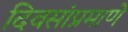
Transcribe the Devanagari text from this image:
दिवसांप्रमाणे